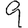
Digit: 9